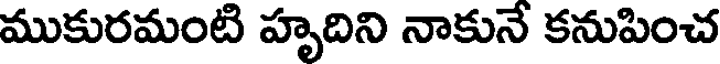
ముకురమంటి హృదిని నాకునే కనుపించ